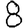
Digit: 8